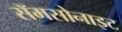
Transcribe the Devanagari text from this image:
सॅमसोनाइट